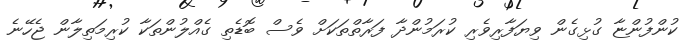
ކުންފުންޏާ ގުޅިގެން ވިޔަފާރިވެރި ކުރަމުންދާ ފަރާތްތަކަށް ވެސް ބޮޑެތި ގެއްލުންތަކާ ކުރިމަތިލާން ޖެހޭނެ